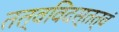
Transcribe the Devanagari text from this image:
तत्वविदस्तत्वं